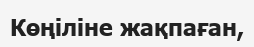
Көңіліне жақпаған,